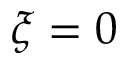
\xi = 0